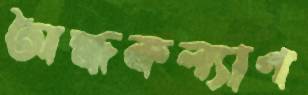
অন্ধকল্যাণ